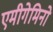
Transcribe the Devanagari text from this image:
एमीगेमिनो